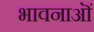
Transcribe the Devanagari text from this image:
भावनाऒं